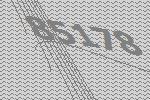
85178